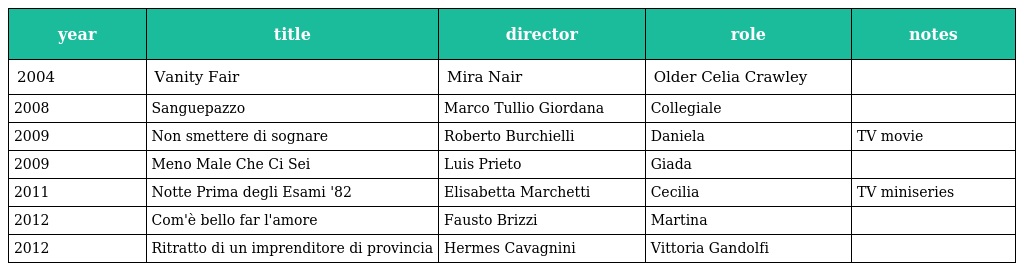
| year | title | director | role | notes |
 | --- | --- | --- | --- | --- |
 | 2004 | Vanity Fair | Mira Nair | Older Celia Crawley |  |
 | 2008 | Sanguepazzo | Marco Tullio Giordana | Collegiale |  |
 | 2009 | Non smettere di sognare | Roberto Burchielli | Daniela | TV movie |
 | 2009 | Meno Male Che Ci Sei | Luis Prieto | Giada |  |
 | 2011 | Notte Prima degli Esami '82 | Elisabetta Marchetti | Cecilia | TV miniseries |
 | 2012 | Com'è bello far l'amore | Fausto Brizzi | Martina |  |
 | 2012 | Ritratto di un imprenditore di provincia | Hermes Cavagnini | Vittoria Gandolfi |  |